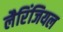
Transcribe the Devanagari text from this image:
लैरिंजियल